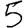
Digit: 5